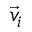
\Vec { v } _ { i }